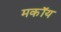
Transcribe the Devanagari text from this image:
मकॉय